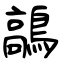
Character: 鶮